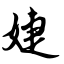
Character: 婕